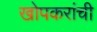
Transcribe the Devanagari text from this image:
खोपकरांची